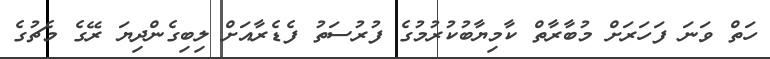
ހަތް ވަނަ ފަހަރަށް މުބާރާތް ކާމިޔާބުކުރުމުގެ ފުރުސަތު ފެޑެރާއަށް ލިބިގެންދިޔަ ރޭގެ މެޗުގެ